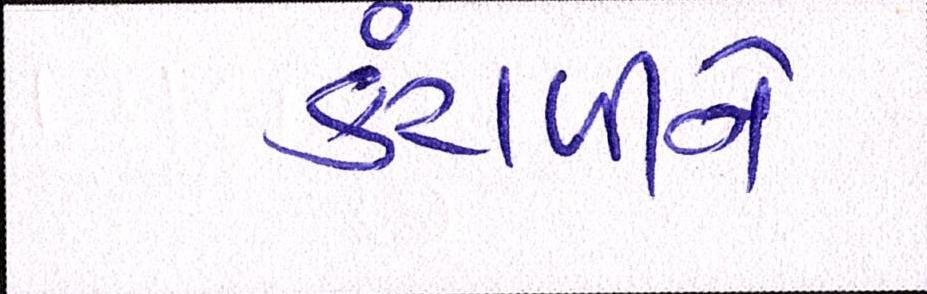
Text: કંટાળીને